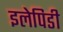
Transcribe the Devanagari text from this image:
इलेपिडी